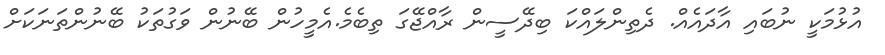
އުޅުމަކީ ނުބައި އާދައެއް. ދެތިންލައްކަ ބިދޭސީން ރާއްޖޭގަ ތިބެމެ.އެމީހުން ބޭނުން ވަގުތަކު ބޭނުންތަނަކަށް